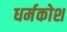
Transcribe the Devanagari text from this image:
धर्मकोश